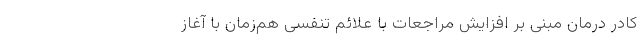
کادر درمان مبنی بر افزایش مراجعات با علائم تنفسی هم‌زمان با آغاز